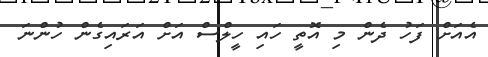
އެއަށް ފަހު ދެން މި އޮތީ ހައި ހީލްސް އަށް އަރައިގެން ހުންނަ